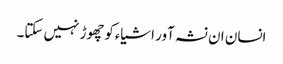
انسان ان نشہ آور اشیاءکوچھوڑ نہیں سکتا۔